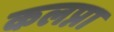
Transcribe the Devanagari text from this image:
कलप्ना